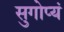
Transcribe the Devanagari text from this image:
सुगोप्यं